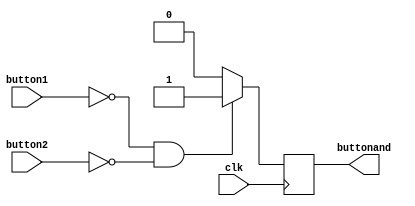
module buttonand(input button1, input button2, input clk, output reg buttonand);

always @(posedge clk) begin

	if (button1 == 0 && button2 == 0) begin
		buttonand = 1;
	end
	
	else begin
		buttonand = 0;
	end 
	
end
endmodule